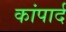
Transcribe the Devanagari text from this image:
कांपार्द